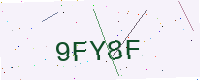
Text: 9FY8F